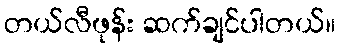
တယ်လီဖုန်း ဆက်ချင်ပါတယ်။